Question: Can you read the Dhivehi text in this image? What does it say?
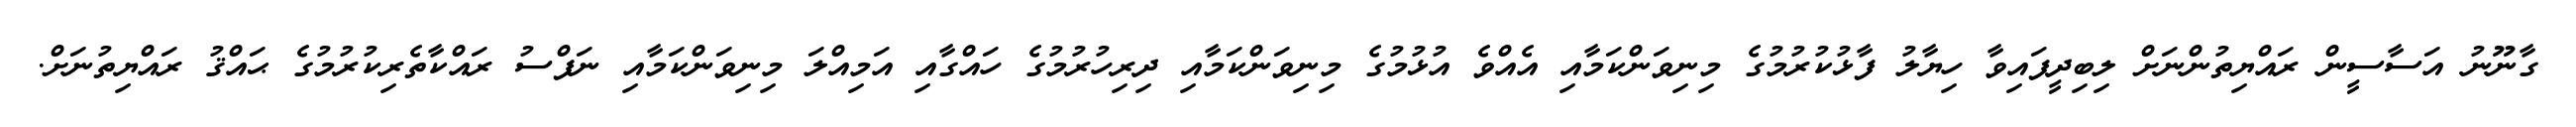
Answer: ގާނޫނު އަސާސީން ރައްޔިތުންނަށް ލިބިދީފައިވާ ހިޔާލު ފާޅުކުރުމުގެ މިނިވަންކަމާއި އެއްވެ އުޅުމުގެ މިނިވަންކަމާއި ދިރިހުރުމުގެ ހައްގާއި އަމިއްލަ މިނިވަންކަމާއި ނަފްސު ރައްކާތެރިކުރުމުގެ ޙައްޤު ރައްޔިތުނަށް.